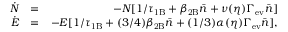
\begin{array} { r l r } { \dot { N } } & { = } & { - N [ 1 / \tau _ { \mathrm { 1 B } } + \beta _ { \mathrm { 2 B } } \bar { n } + \nu ( \eta ) \Gamma _ { \mathrm { e v } } \bar { n } ] } \\ { \dot { E } } & { = } & { - E [ 1 / \tau _ { \mathrm { 1 B } } + ( 3 / 4 ) \beta _ { \mathrm { 2 B } } \bar { n } + ( 1 / 3 ) \alpha ( \eta ) \Gamma _ { \mathrm { e v } } \bar { n } ] , } \end{array}